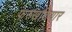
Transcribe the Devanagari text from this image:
फरुखशियार